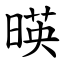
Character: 暎